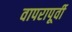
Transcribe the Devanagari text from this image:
वापरापूर्वी